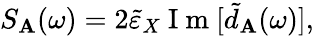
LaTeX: S_{\mathbf{A}}(\omega)=2\tilde{{\varepsilon}}_{X}\mathrm{{~I~m~}}[\tilde{{d}}_{\mathbf{A}}(\omega)],